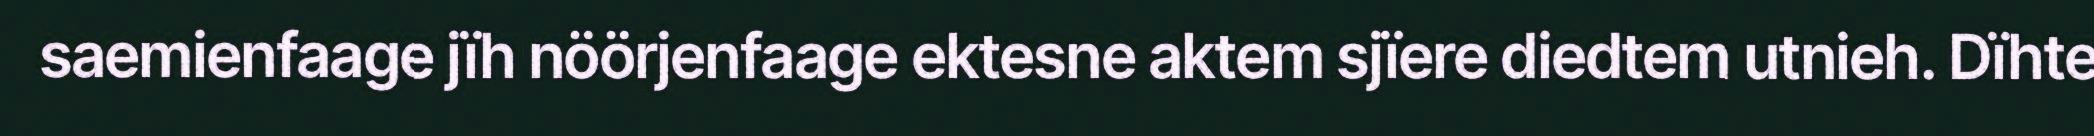
saemienfaage jïh nöörjenfaage ektesne aktem sjïere diedtem utnieh. Dïhte